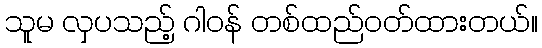
သူမ လှပသည့် ဂါဝန် တစ်ထည်ဝတ်ထားတယ်။